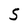
Character: 5